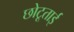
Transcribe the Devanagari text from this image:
छोटूताई